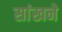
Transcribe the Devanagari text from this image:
सांखने